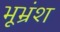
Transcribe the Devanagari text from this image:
भूभ्रंश